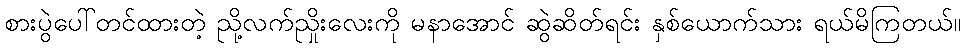
စားပွဲပေါ်တင်ထားတဲ့ ညို့လက်ညှိုးလေးကို မနာအောင် ဆွဲဆိတ်ရင်း နှစ်ယောက်သား ရယ်မိကြတယ်။